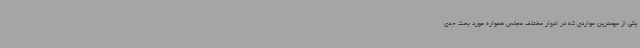
یکی از مهمترین مواردی که در ادوار مختلف مجلس همواره مورد بحث جدی